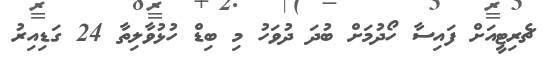
ޗެރިޓީއަށް ފައިސާ ހޯދުމަށް ބުދަ ދުވަހު މި ބިޑް ހުޅުވާލިތާ 24 ގަޑިއިރު